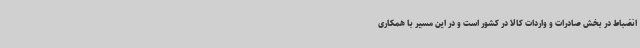
انضباط در بخش صادرات و واردات کالا در کشور است و در این مسیر با همکاری